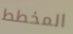
المخطط